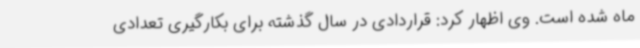
ماه شده است. وی اظهار کرد: قراردادی در سال گذشته برای بکارگیری تعدادی